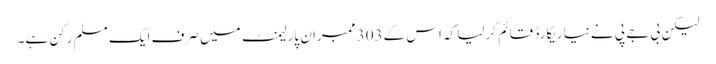
لیکن بی جے پی نے نیا ریکارڈ قائم کرلیا کہ اس کے303 ممبران پارلیمنٹ میں صرف ایک مسلم رکن ہے۔